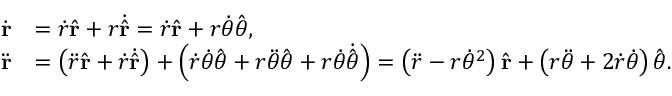
{ \begin{array} { r l } { { \dot { \mathbf { r } } } } & { = { \dot { r } } { \hat { \mathbf { r } } } + r { \dot { \hat { \mathbf { r } } } } = { \dot { r } } { \hat { \mathbf { r } } } + r { \dot { \theta } } { \hat { \boldsymbol { \theta } } } , } \\ { { \ddot { \mathbf { r } } } } & { = \left( { \ddot { r } } { \hat { \mathbf { r } } } + { \dot { r } } { \dot { \hat { \mathbf { r } } } } \right) + \left( { \dot { r } } { \dot { \theta } } { \hat { \boldsymbol { \theta } } } + r { \ddot { \theta } } { \hat { \boldsymbol { \theta } } } + r { \dot { \theta } } { \dot { \hat { \boldsymbol { \theta } } } } \right) = \left( { \ddot { r } } - r { \dot { \theta } } ^ { 2 } \right) { \hat { \mathbf { r } } } + \left( r { \ddot { \theta } } + 2 { \dot { r } } { \dot { \theta } } \right) { \hat { \boldsymbol { \theta } } } . } \end{array} }